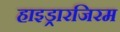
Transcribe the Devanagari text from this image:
हाइड्रारजिरम